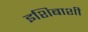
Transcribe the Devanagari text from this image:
इशिबाशी